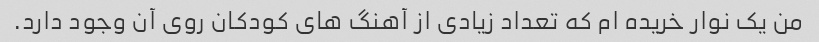
من یک نوار خریده ام که تعداد زیادی از آهنگ های کودکان روی آن وجود دارد.